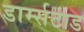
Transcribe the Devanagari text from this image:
डार्म्सटाड